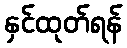
နှင်ထုတ်ရန်